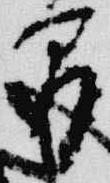
間